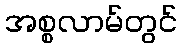
အစ္စလာမ်တွင်